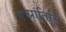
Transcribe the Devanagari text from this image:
एम्प्रांतिरि